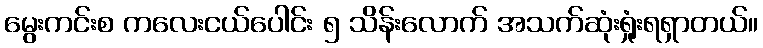
မွေးကင်းစ ကလေးငယ်ပေါင်း ၅ သိန်းလောက် အသက်ဆုံးရှုံးရရှာတယ်။